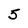
Character: 5